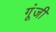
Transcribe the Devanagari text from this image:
गूंजी